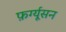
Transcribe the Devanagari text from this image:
फ़र्ग्यूसन